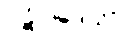
ပဋိပါဒေသိံ